Lunatic asylums in Bengal annual reports 1888-1898 - 1888-1898
Year: 1888
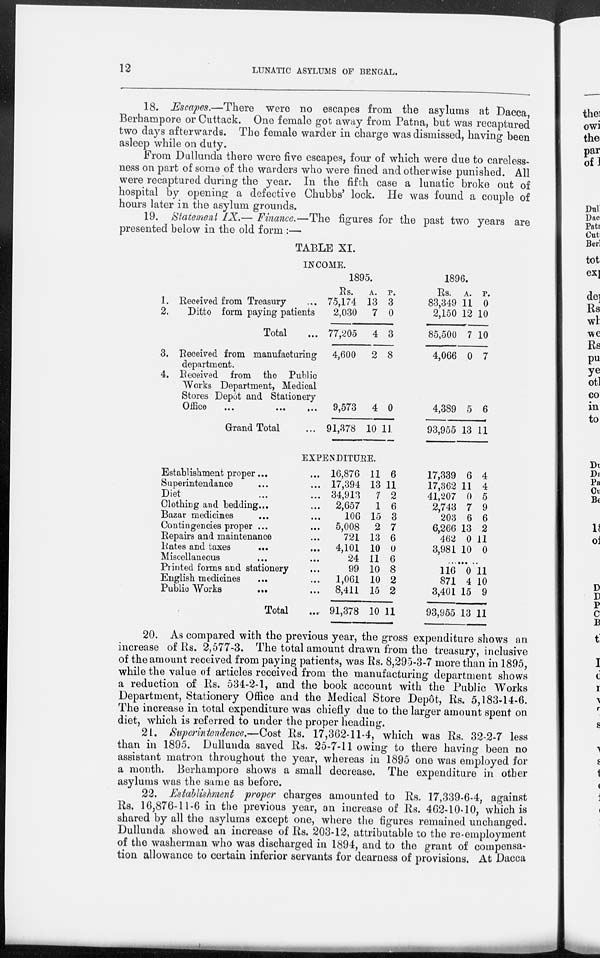
12
LUNATIC ASYLUMS OF BENGAL.
18. Escapes.—There were no escapes from the asylums at Dacca,
Berhampore or Cuttack. One female got away from Patna, but was recaptured
two days afterwards. The female warder in charge was dismissed, having been
asleep while on duty.
From Dullunda there were five escapes, four of which were due to careless-
ness on part of some of the warders who were fined and otherwise punished. All
were recaptured during the year. In the fifth case a lunatic broke out of
hospital by opening a defective Chubbs' lock. He was found a couple of
hours later in the asylum grounds.
19. Statement IX.— Finance.—The figures for the past two years are
presented below in the old form :—
TABLE XI.
INCOME.
1. Received from Treasury ...
2.
Ditto form paying patients
Total ...
3. Received from manufacturing
department.
4. Received from the Public
Works Department, Medical
Stores Depôt and Stationery
Office ... ... ...
Grand Total ...
1895.
Rs.
75,174
2,030
77,205
4,600
9,573
91,378
A.
13
7
4
2
4
10
P.
3
0
3
8
0
11
1896.
Rs.
83,349
2,150
85,500
4,066
4,389
93,955
A.
11
12
7
0
5
13
P.
0
10
10
7
6
11
EXPENDITURE.
Establishment proper ... ...
Superintendance ... ...
Diet ... ...
Clothing and bedding ... ...
Bazar medicines ... ...
Contingencies proper ... ...
Repairs and maintenance ...
Rates and taxes
...
...
Miscellaneous ... ...
Printed forms and stationery ...
English medicines ... ...
Public Works ... ...
Total ...
16,876
17,394
34,913
2,657
106
5,008
721
4,101
24
99
1,061
8,411
91,378
11
13
7
1
15
2
13
10
11
10
10
15
10
6
11
2
6
3
7
6
0
6
8
2
2
11
17,339
17,362
41,207
2,743
203
6,266
462
3,981
6
11
0
7
6
13
0
10
4
4
5
9
6
2
11
0
.........
116
871
3,401
93,955
0
4
15
13
11
10
9
11
20. As compared with the previous year, the gross expenditure shows an
increase of Rs. 2,577-3. The total amount drawn from the treasury, inclusive
of the amount received from paying patients, was Rs. 8,295-3-7 more than in 1895,
while the value of articles received from the manufacturing department shows
a reduction of Rs. 534-2-1, and the book account with the Public Works
Department, Stationery Office and the Medical Store Depôt, Rs. 5,183-14-6.
The increase in total expenditure was chiefly due to the larger amount spent on
diet, which is referred to under the proper heading.
21. Superintendence.—Cost Rs. 17,362-11-4, which was Rs. 32-2-7 less
than in 1895. Dullunda saved Rs. 25-7-11 owing to there having been no
assistant matron throughout the year, whereas in 1895 one was employed for
a month. Berhampore shows a small decrease. The expenditure in other
asylums was the same as before.
22. Establishment proper charges amounted to Rs. 17,339-6-4, against
Rs. 16,876-11-6 in the previous year, an increase of Rs. 462-10-10, which is
shared by all the asylums except one, where the figures remained unchanged.
Dullunda showed an increase of Rs. 203-12, attributable to the re-employment
of the washerman who was discharged in 1894, and to the grant of compensa-
tion allowance to certain inferior servants for dearness of provisions. At Dacca